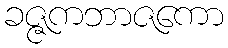
ခဇ္ဇကဘာဇကော